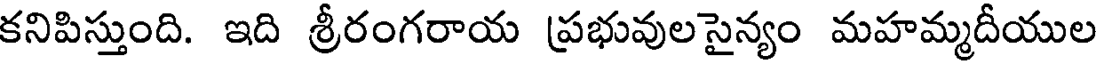
కనిపిస్తుంది. ఇది శ్రీరంగరాయ ప్రభువులసైన్యం మహమ్మదీయుల